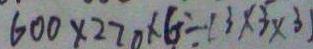
6 0 0 \times 2 2 0 \times 6 \div ( 3 \times 3 \times 3 )